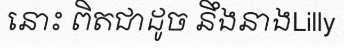
នោះ ពិតជាដូច នឹងនាងLilly